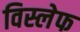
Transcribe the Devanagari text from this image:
विस्लेफ